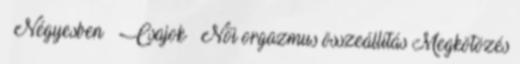
▪ Négyesben ▪ Csajok ▪ Női orgazmus összeállítás Megkötözés